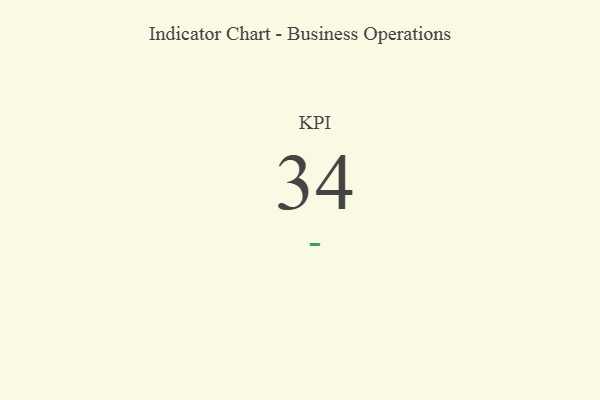
{"axis": {"x": "KPI", "y": "Value"}, "legend": [""], "data": [{"x": "KPI", "y": 34, "type": ""}]}